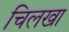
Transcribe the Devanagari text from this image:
चिलखा